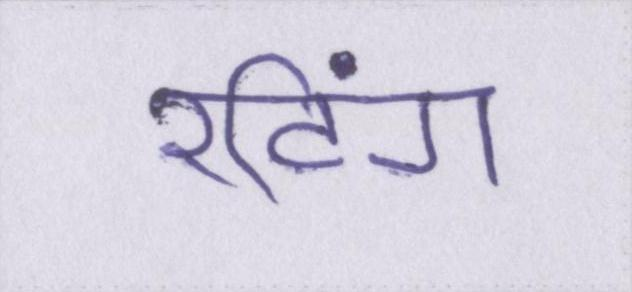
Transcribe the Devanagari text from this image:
रटिंग